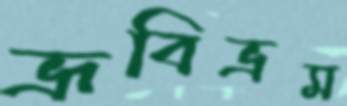
ভ্রূবিভ্রম